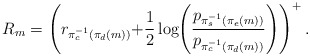
\begin{align*}R_{m}=\left(r_{\pi_{c}^{-1}\left(\pi_{d}\left(m\right)\right)}\negmedspace+\negmedspace\frac{1}{2}\log\negmedspace\left(\frac{p_{\pi_{s}^{-1}\left(\pi_{e}\left(m\right)\right)}}{p_{\pi_{c}^{-1}\left(\pi_{d}\left(m\right)\right)}}\right)\right)^{+}.\end{align*}